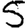
Digit: 5